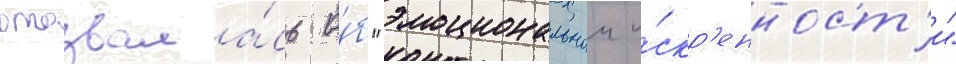
отозвала́сь о́б "эмоциональнои и́скр'енност'и"